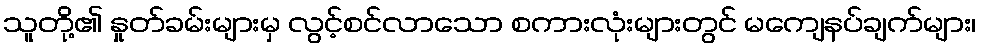
သူတို့၏ နှုတ်ခမ်းများမှ လွင့်စင်လာသော စကားလုံးများတွင် မကျေနပ်ချက်များ၊